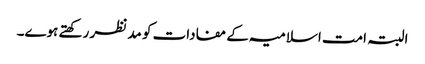
البتہ امت اسلامیہ کے مفادات کو مد نظر رکھتے ہوے۔